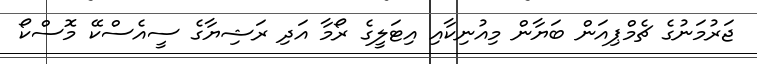
ޖަރުމަނުގެ ޗެމްޕިއަން ބަޔާން މިއުނިކާއި އިޓަލީގެ ރޯމާ އަދި ރަޝިޔާގެ ސީއެސްކޭ މޮސްކޯ